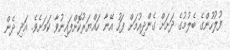
ފުލުހުންގެ ބެލުމުގެ ދަށަށް ގެންދިއުމަށް ފަހު އޭނާ ހައްޔަރުކޮށްފައިނުވާ ކަމަށެވެ. އަދި ދެން